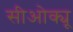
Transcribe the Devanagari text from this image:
सीओक्यू